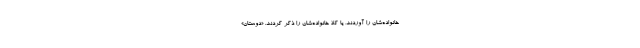
خانواده‌شان را آوردند، یا کلاً خانواده‌شان را ذکر کردند. «دوستان»